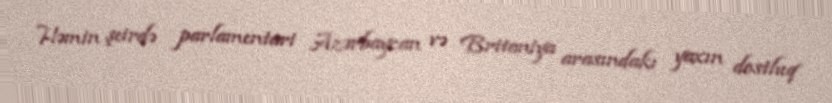
Həmin şeirdə parlamentari Azərbaycan və Britaniya arasındakı yaxın dostluq